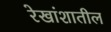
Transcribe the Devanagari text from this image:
रेखांशातील